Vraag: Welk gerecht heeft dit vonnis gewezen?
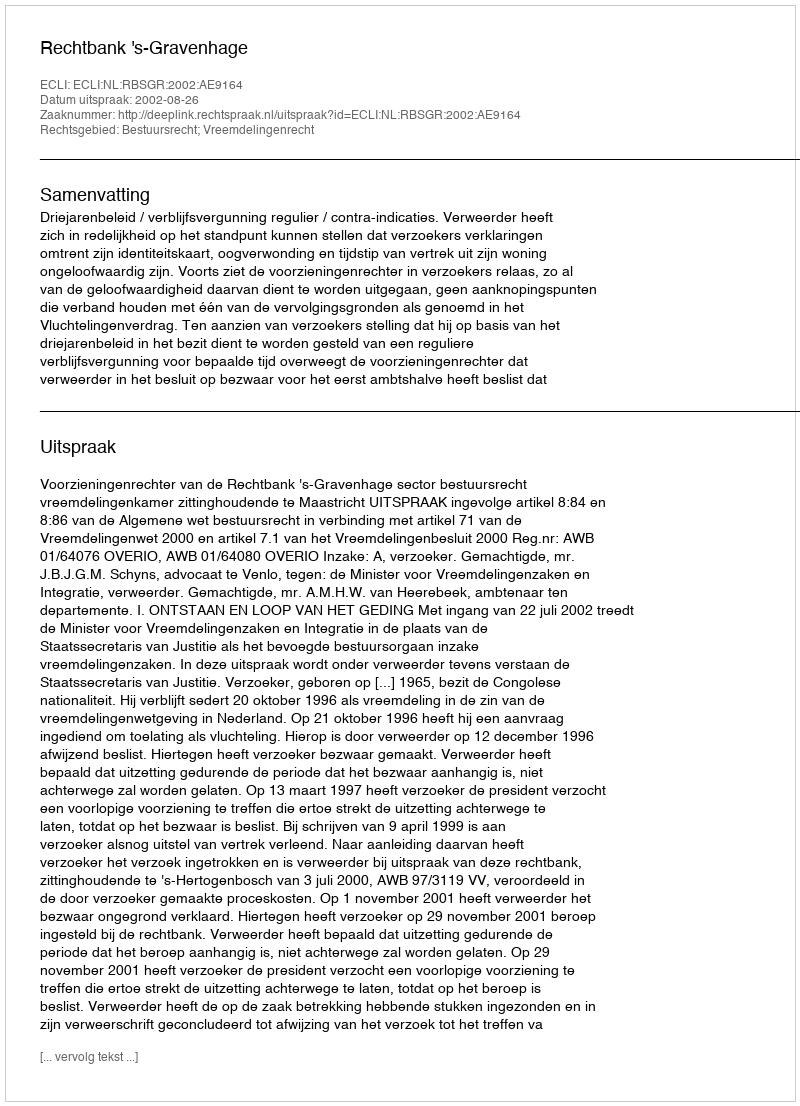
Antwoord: Rechtbank 's-Gravenhage